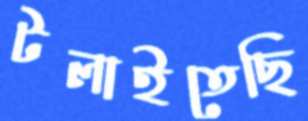
টলাইতেছি